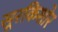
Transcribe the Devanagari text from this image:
सूरकिशोर